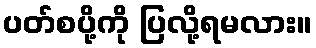
ပတ်စပို့ကို ပြလို့ရမလား။